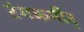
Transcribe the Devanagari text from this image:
रंगकमीर्